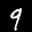
Label: 9